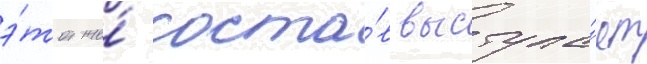
э́тот же́ соста́в выступа́ет